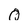
Character: Q